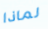
لماذا